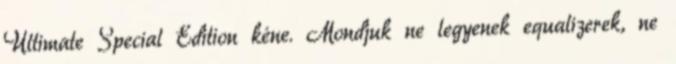
Ultimate Special Edition kéne. Mondjuk ne legyenek equalizerek, ne